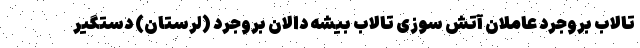
تالاب بروجرد عاملان آتش سوزی تالاب بیشه دالان بروجرد (لرستان) دستگیر